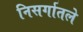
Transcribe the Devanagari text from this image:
निसर्गातले